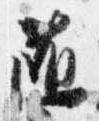
随